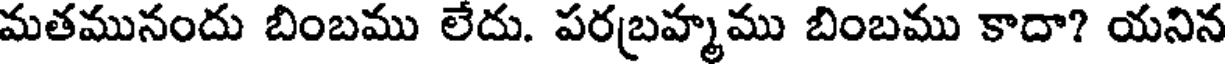
మతమునందు బింబము లేదు. పరబ్రహ్మము బింబము కాదా? యనిన